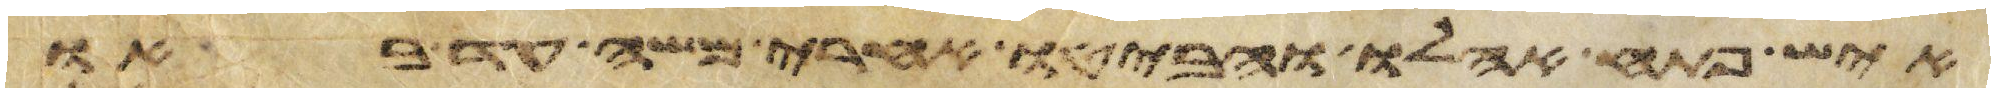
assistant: איש פתח אהלו והביטו אחרי משה עד באו